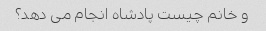
و خانم چیست پادشاه انجام می دهد؟